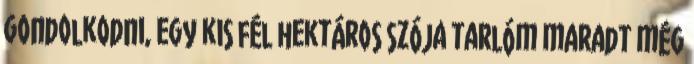
gondolkodni, egy kis fél hektáros szója tarlóm maradt még